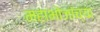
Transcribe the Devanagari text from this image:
महाभोजांच्या